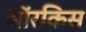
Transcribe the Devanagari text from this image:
ऑरकिस